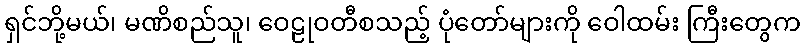
ရှင်ဘို့မယ်၊ မဏိစည်သူ၊ ဝေဠုဝတီစသည့် ပုံတော်များကို ဝေါထမ်း ကြီးတွေက